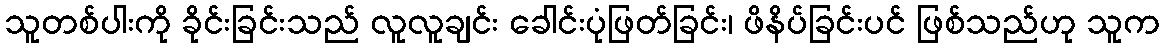
သူတစ်ပါးကို ခိုင်းခြင်းသည် လူလူချင်း ခေါင်းပုံဖြတ်ခြင်း၊ ဖိနိပ်ခြင်းပင် ဖြစ်သည်ဟု သူက